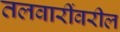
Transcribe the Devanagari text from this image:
तलवारींवरील